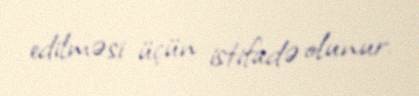
edilməsi üçün istifadə olunur.